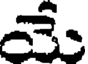
మే